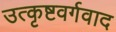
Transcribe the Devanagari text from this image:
उत्कृष्टवर्गवाद